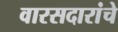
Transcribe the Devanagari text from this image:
वारसदारांचे